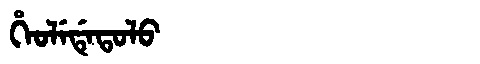
Manchu: ᡥᡝᠣᠯᡝᡩᡝᡨᠣᠯᠣ
Romanization: HEOLEDETOLO